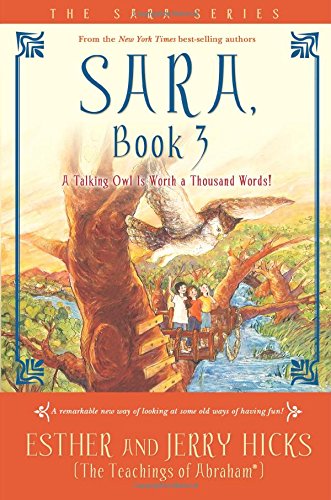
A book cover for Sara, Book 3: A Talking Owl Is Worth a Thousand Words!; Esther Hicks; Religion & Spirituality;